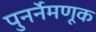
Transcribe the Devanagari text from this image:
पुनर्नेमणूक